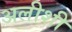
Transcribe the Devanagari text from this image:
अलीशी